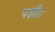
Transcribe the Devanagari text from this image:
पड़ी।।